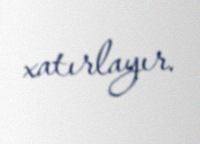
xatırlayır.